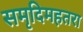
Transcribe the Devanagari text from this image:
समृदिमहतरा